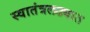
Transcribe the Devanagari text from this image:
स्वातंत्रलढ्यात